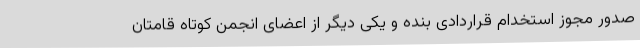
صدور مجوز استخدام قراردادی بنده و یکی دیگر از اعضای انجمن کوتاه قامتان